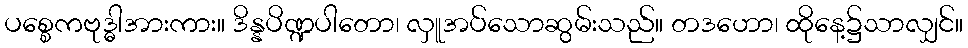
ပစ္စေကဗုဒ္ဓါအားကား။ ဒိန္နပိဏ္ဍပါတော၊ လှူအပ်သောဆွမ်းသည်။ တဒဟော၊ ထိုနေ့၌သာလျှင်။